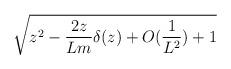
LaTeX: \begin{align*}\sqrt{z^{2}-\frac{2z}{Lm}\delta (z)+O(\frac{1}{L^{2}})+1}\end{align*}